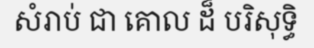
សំរាប់ ជា គោល ដ៏ បរិសុទ្ធិ